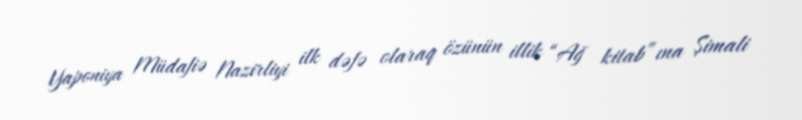
Yaponiya Müdafiə Nazirliyi ilk dəfə olaraq özünün illik “Ağ kitab”ına Şimali